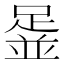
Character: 𨂞